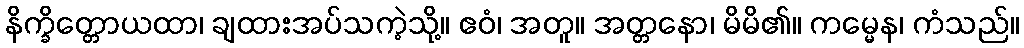
နိက္ခိတ္တောယထာ၊ ချထားအပ်သကဲ့သို့။ ဧဝံ၊ အတူ။ အတ္တနော၊ မိမိ၏။ ကမ္မေန၊ ကံသည်။